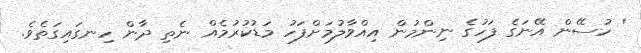
' ހުސޭން އޭނަގެ ފަހުގެ ނިންމުން އިއްވާލުމަށްފަހު މަޑުކުރުމެއް ނެތި ދާން ހިނގައިގަތެވެ.